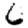
Digit: 6